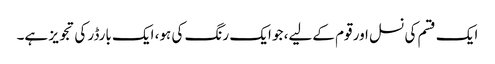
ایک قسم کی نسل اور قوم کےلیے، جو ایک رنگ کی ہو، ایک بارڈر کی تجویز ہے۔